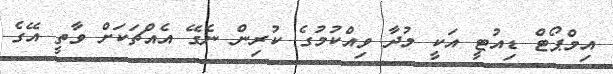
އިމްޕޯޓް ޑިއުޓީ އަކީ މުދާ ވިއްކުމުގެ ކުރިން ނެގޭ އެއްޗަކަށް ވާތީ އޭގެ